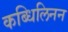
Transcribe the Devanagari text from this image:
कब्धिलिनन